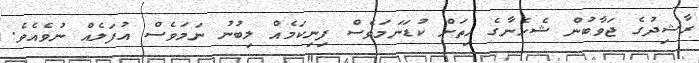
ރާޝިދުގެ ޖަވާބުން ޝެހެނާގެ ހިތަށް ކުޑަނަމަވެސް ފިނިކަމެއް ލިބުނު ނަމަވެސް އުފަލެއް ނުވެއެވެ.